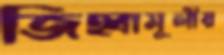
জিহ্বামূলীয়